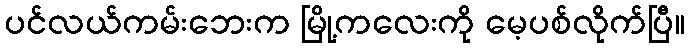
ပင်လယ်ကမ်းဘေးက မြို့ကလေးကို မေ့ပစ်လိုက်ပြီ။